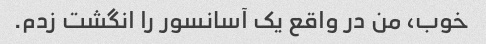
خوب، من در واقع یک آسانسور را انگشت زدم.